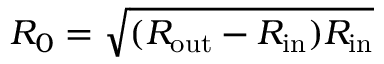
R _ { 0 } = \sqrt { ( R _ { \mathrm { o u t } } - R _ { \mathrm { i n } } ) R _ { \mathrm { i n } } }